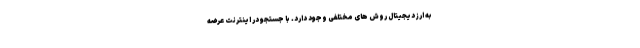
به ارز دیجیتال روش های مختلفی وجود دارد. با جستجو در اینترنت عرضه